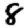
Digit: 8